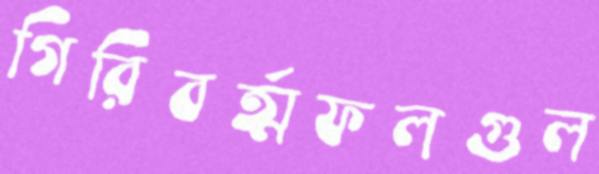
গিরিবর্ত্মফলগুল